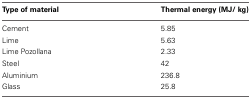
| Type of material | Thermal energy (MJ/ kg) |
 | --- | --- |
 | Cement | 5.85 |
 | Lime | 5.63 |
 | Lime Pozollana | 2.33 |
 | Steel | 42 |
 | Aluminium | 236.8 |
 | Glass | 25.8 |